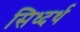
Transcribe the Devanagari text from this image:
सिध्दर्थ